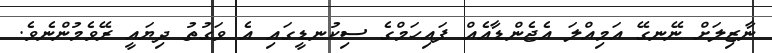
ނާޒިލަށް ނޭނގޭ އަމިއްލަ އެޖެންޑާއެއް ފައިހަމްގެ ސިކުނޑީގައި އެ ވަގުތު ދިޔައީ ރޭވެމުންނެވެ.